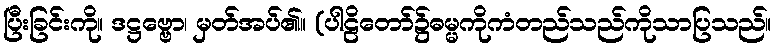
ပြီးခြင်းကို။ ဒဋ္ဌဗ္ဗော၊ မှတ်အပ်၏။ (ပါဠိတော်၌ဓမ္မကိုကံတည်သည်ကိုသာပြသည်။